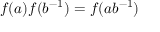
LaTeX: f ( a ) f ( b ^ { - 1 } ) = f ( a b ^ { - 1 } )